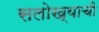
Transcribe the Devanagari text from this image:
सलोख्याची